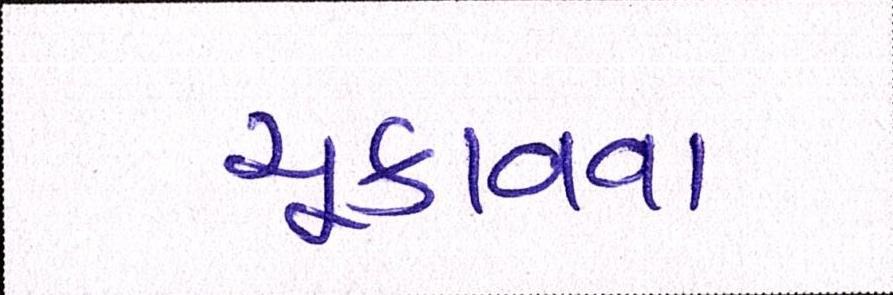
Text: ચૂકવવા